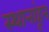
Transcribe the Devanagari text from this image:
स्थानांहून